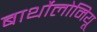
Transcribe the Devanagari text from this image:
बार्थोलोमियू